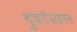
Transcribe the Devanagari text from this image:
दुघर्टनाग्रस्त